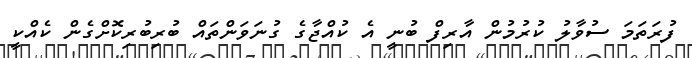
ފުރަތަމަ ސުވާލު ކުރުމުން އާރިފް ބުނީ އެ ކުއްޖާގެ ގުނަވަންތައް ބުރިބުރިކޮށްގެން ކެއްކީ